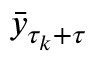
\bar { y } _ { \tau _ { k } + \tau }